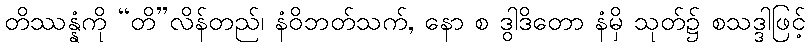
တိဿန္နံကို “တိ”လိန်တည်၊ နံဝိဘတ်သက်, နော စ ဒွါဒိတော နံမှိ သုတ်၌ စသဒ္ဒါဖြင့်